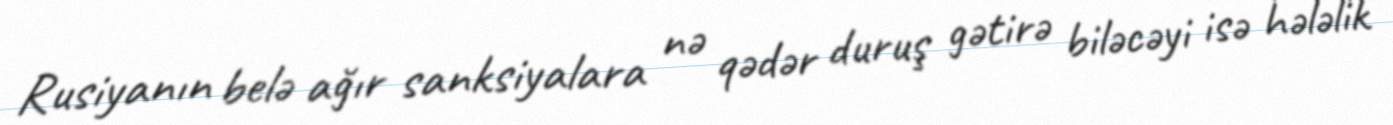
Rusiyanın belə ağır sanksiyalara nə qədər duruş gətirə biləcəyi isə hələlik